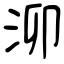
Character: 泖